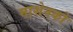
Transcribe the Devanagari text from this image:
माशेनको